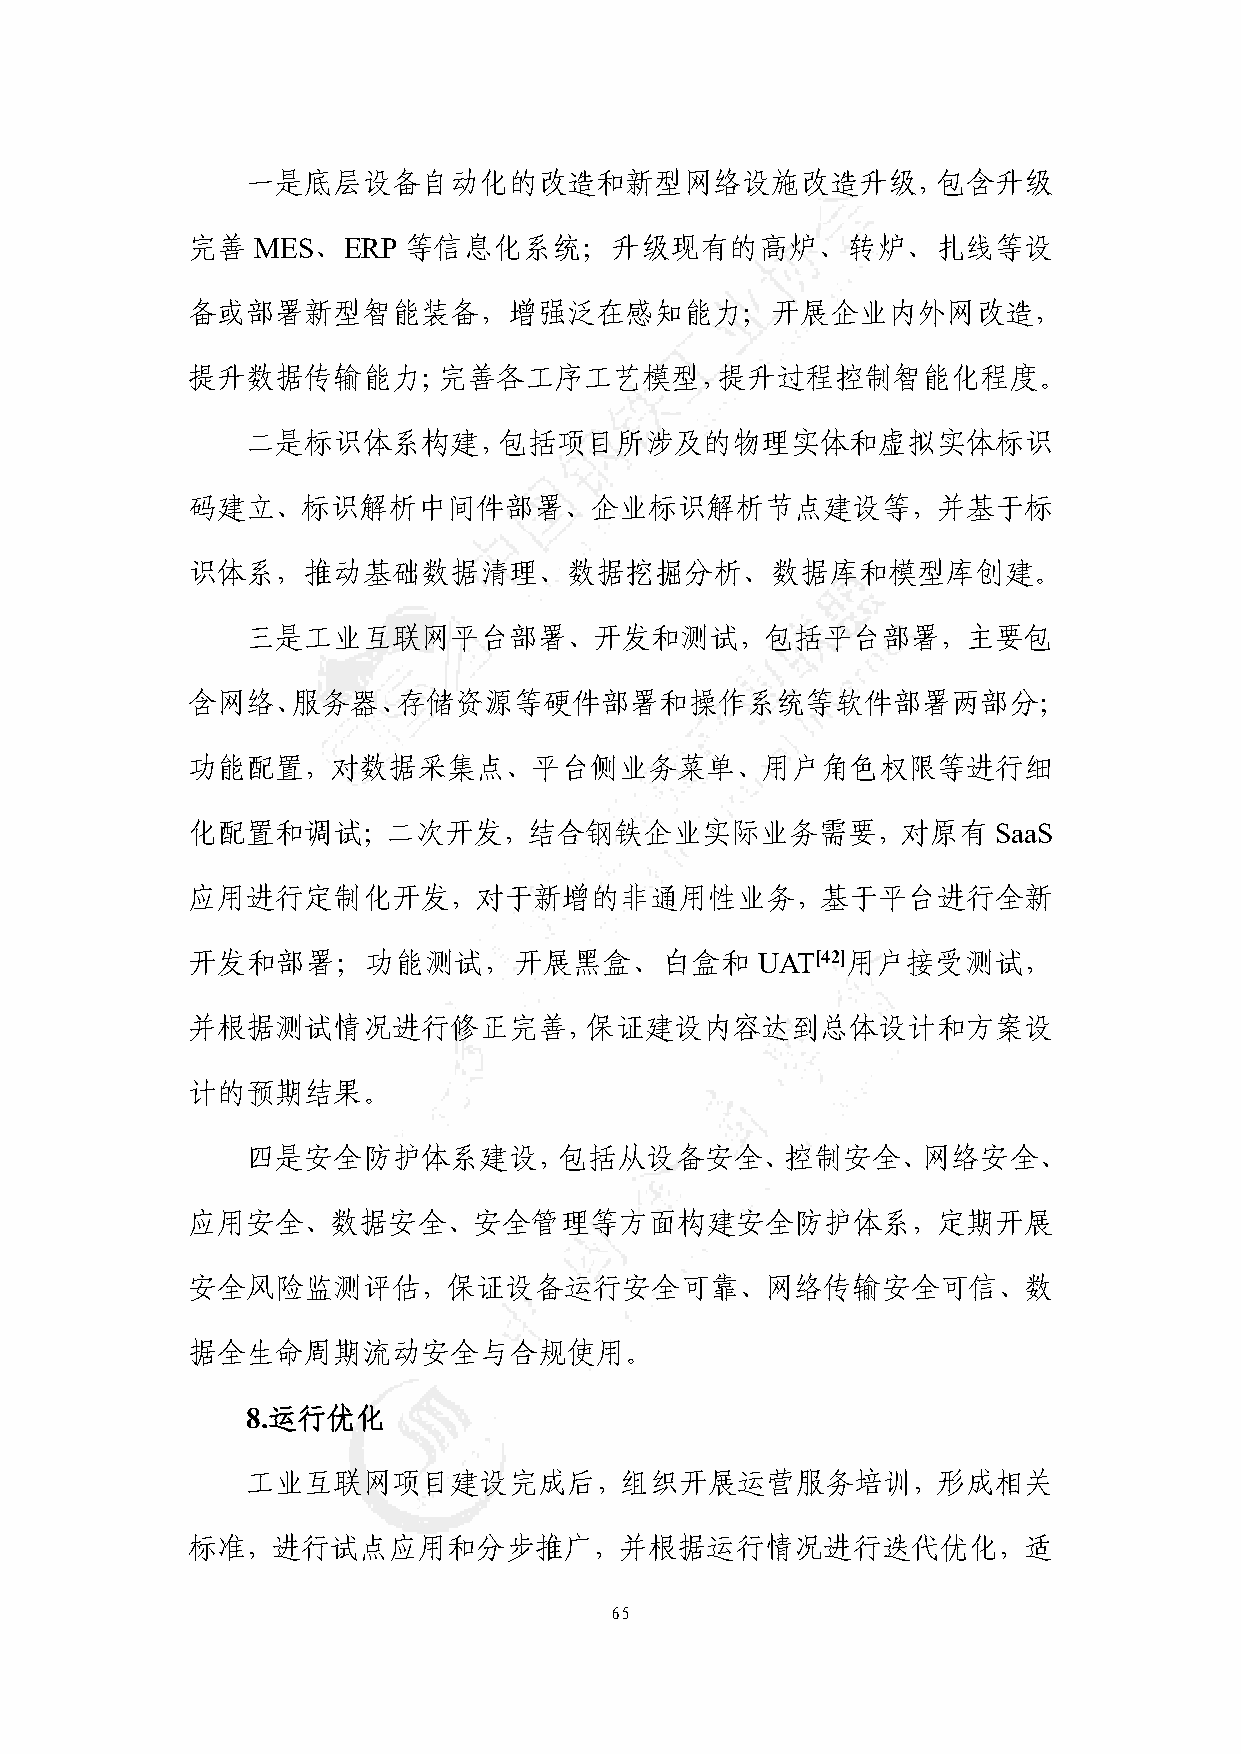
一是底层设备自动化的改造和新型网络设施改造升级，包含升级
 完善   MES、ERP   等信息化系统；升级现有的高炉、转炉、扎线等设
 备或部署新型智能装备，增强泛在感知能力；开展企业内外网改造，
 提升数据传输能力；完善各工序工艺模型，提升过程控制智能化程度。
 二是标识体系构建，包括项目所涉及的物理实体和虚拟实体标识
 码建立、标识解析中间件部署、企业标识解析节点建设等，并基于标
 识体系，推动基础数据清理、数据挖掘分析、数据库和模型库创建。
 三是工业互联网平台部署、开发和测试，包括平台部署，主要包
 含网络、服务器、存储资源等硬件部署和操作系统等软件部署两部分；
 功能配置，对数据采集点、平台侧业务菜单、用户角色权限等进行细
 化配置和调试；二次开发，结合钢铁企业实际业务需要，对原有                          SaaS
 应用进行定制化开发，对于新增的非通用性业务，基于平台进行全新
 开发和部署；功能测试，开展黑盒、白盒和                   UAT[42]用户接受测试，
 并根据测试情况进行修正完善，保证建设内容达到总体设计和方案设
 计的预期结果。
 四是安全防护体系建设，包括从设备安全、控制安全、网络安全、
 应用安全、数据安全、安全管理等方面构建安全防护体系，定期开展
 安全风险监测评估，保证设备运行安全可靠、网络传输安全可信、数
 据全生命周期流动安全与合规使用。
 8.运行优化
 工业互联网项目建设完成后，组织开展运营服务培训，形成相关
 标准，进行试点应用和分步推广，并根据运行情况进行迭代优化，适
 65